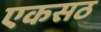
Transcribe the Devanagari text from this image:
एकसठ